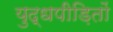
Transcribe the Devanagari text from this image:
युद्धपीड़ितों